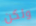
ولكن